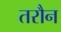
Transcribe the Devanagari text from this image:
तरौन